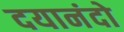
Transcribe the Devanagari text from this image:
दयानंदो